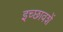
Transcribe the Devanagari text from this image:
इच्छावशें